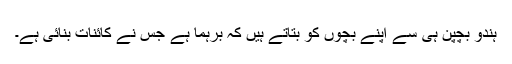
ہندو بچپن ہی سے اپنے بچوں کو بتاتے ہیں کہ برہما ہے جس نے کائنات بنائی ہے۔